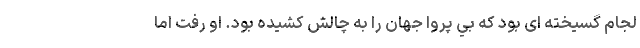
لجام گسيخته ای بود كه بي پروا جهان را به چالش كشيده بود. او رفت اما